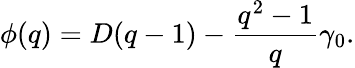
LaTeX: \phi(q)=D(q-1)-\frac{q^{2}-1}{q}\gamma_{0}.